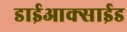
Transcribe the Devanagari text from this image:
डाईआक्साईड